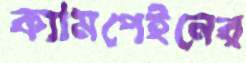
ক্যামপেইনের